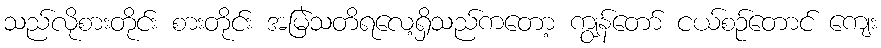
သည်လိုစားတိုင်း စားတိုင်း အမြဲသတိရလေ့ရှိသည်ကတော့ ကျွန်တော် ငယ်စဉ်တောင် ကျေး